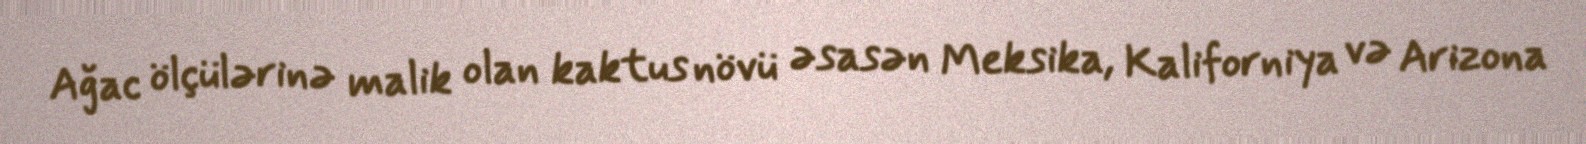
Ağac ölçülərinə malik olan kaktus növü əsasən Meksika, Kaliforniya və Arizona